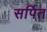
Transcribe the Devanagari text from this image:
सर्पित